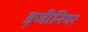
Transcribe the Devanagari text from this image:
इ़जीनियर